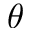
\theta